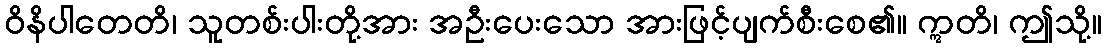
ဝိနိပါတေတိ၊ သူတစ်းပါးတို့အား အဦးပေးသော အားဖြင့်ပျက်စီးစေ၏။ ဣတိ၊ ဤသို့။